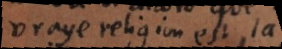
vraye religion est la